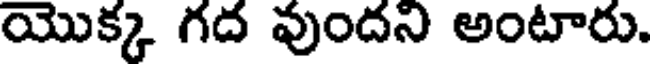
యొక్క గద వుందని అంటారు.